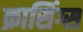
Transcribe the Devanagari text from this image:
क्रासिंग्स